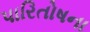
પારિતોષના